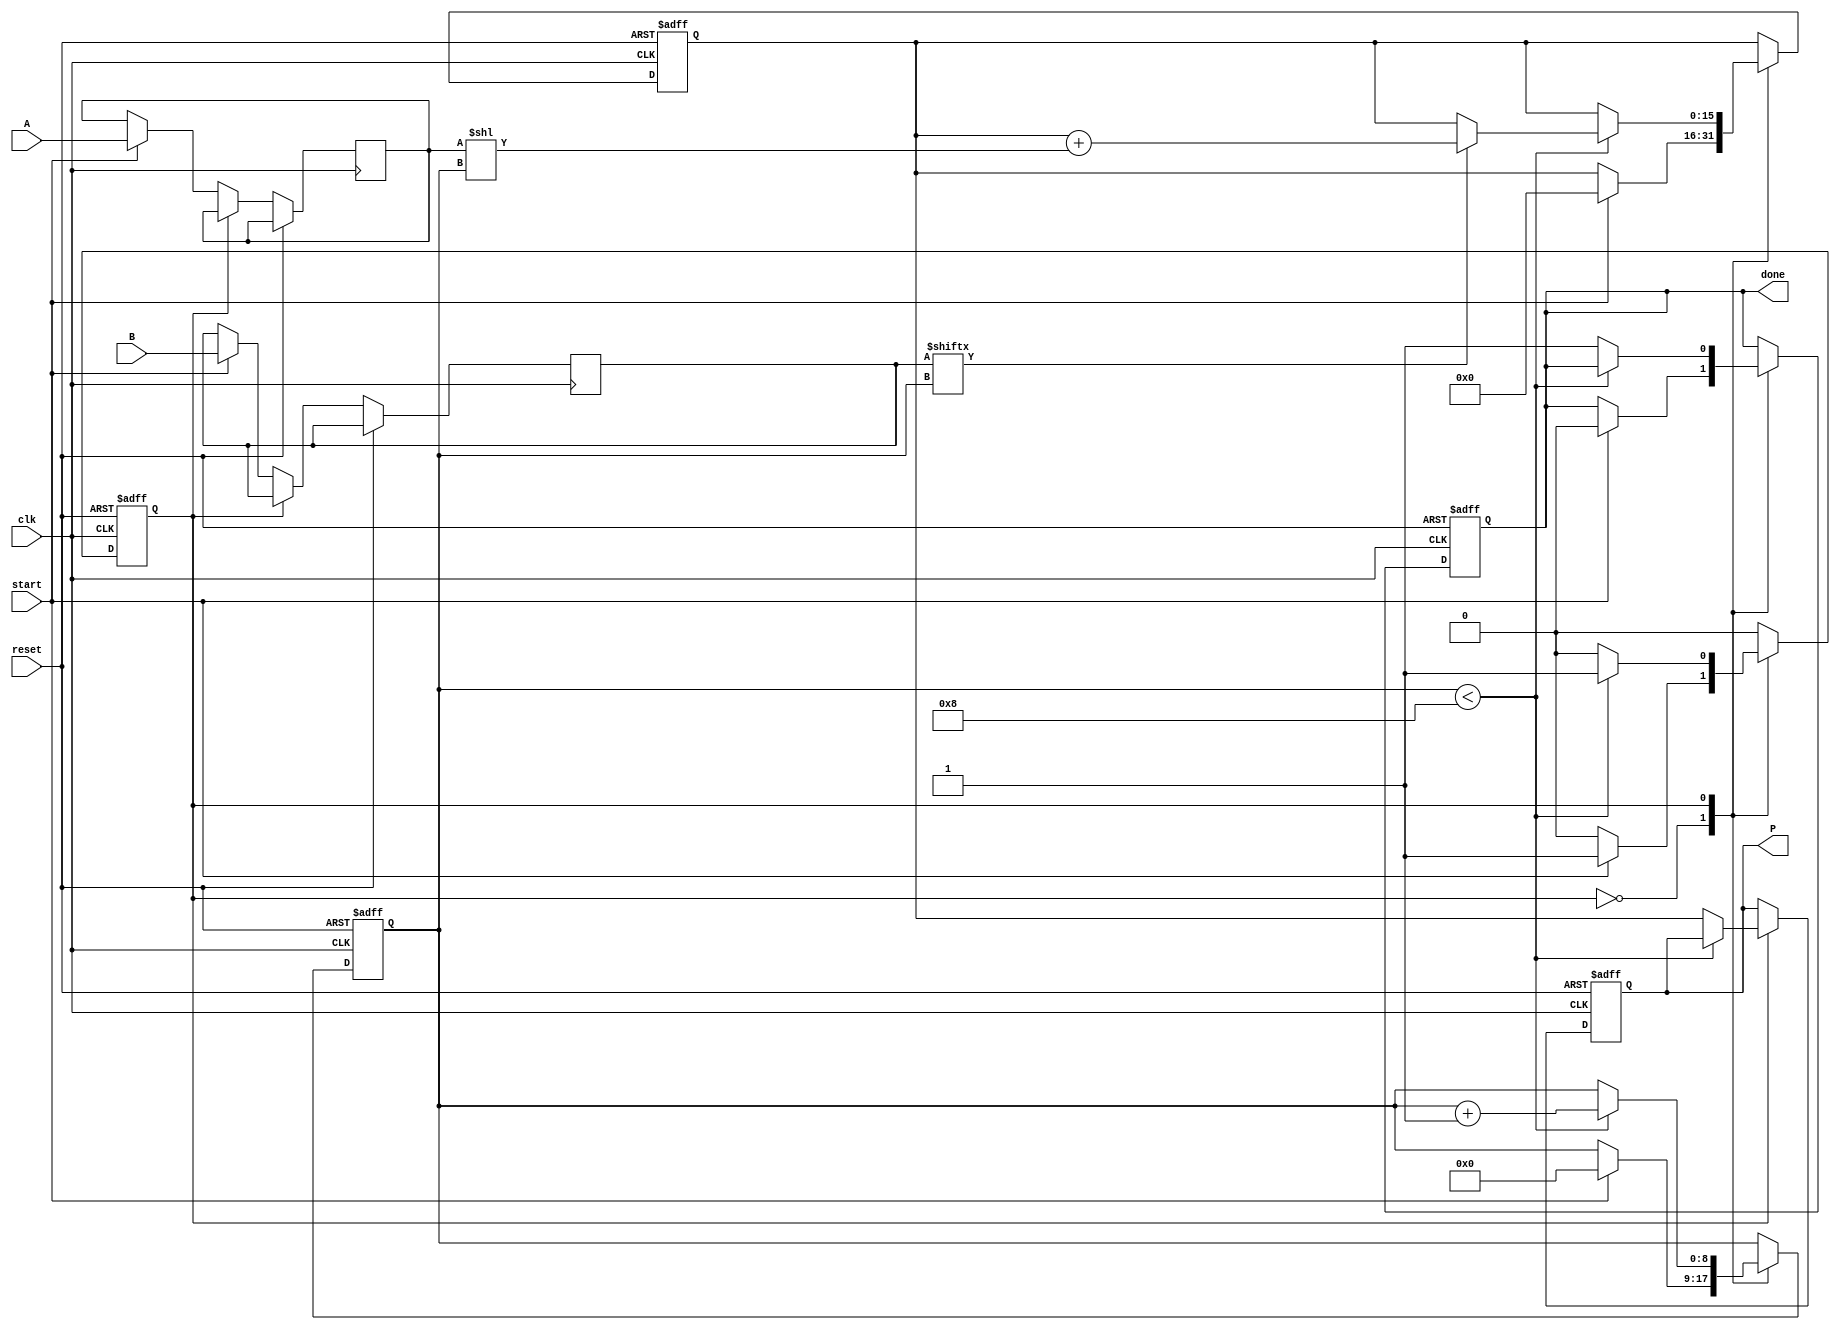
module radix2_multiplier #(
    parameter N = 8 // Number of bits for inputs A and B
) (
    input wire [N-1:0] A,      // Multiplicand
    input wire [N-1:0] B,      // Multiplier
    input wire start,           // Control signal to initiate multiplication
    input wire clk,             // Clock signal
    input wire reset,           // Reset signal
    output reg [2*N-1:0] P,     // Product output
    output reg done             // Signal to indicate multiplication is complete
);

    reg [N-1:0] multiplicand;
    reg [N-1:0] multiplier;
    reg [2*N-1:0] partial_product;
    reg [N:0] count; // To count the bits processed
    reg state; // State variable for FSM

    localparam IDLE = 1'b0;
    localparam PROCESS = 1'b1;

    // Sequential logic for state transitions and operations
    always @(posedge clk or posedge reset) begin
        if (reset) begin
            P <= 0;
            partial_product <= 0;
            count <= 0;
            done <= 0;
            state <= IDLE;
        end else begin
            case (state)
                IDLE: begin
                    if (start) begin
                        multiplicand <= A; // Load A
                        multiplier <= B;   // Load B
                        partial_product <= 0; // Clear partial product
                        count <= 0; // Reset count
                        done <= 0; // Clear done signal
                        state <= PROCESS; // Move to processing state
                    end
                end

                PROCESS: begin
                    if (count < N) begin
                        if (multiplier[count]) begin
                            // If the current bit of multiplier is 1, add the shifted multiplicand
                            partial_product <= partial_product + (multiplicand << count);
                        end
                        count <= count + 1; // Move to the next bit
                    end else begin
                        P <= partial_product; // Store the final product
                        done <= 1; // Set done signal
                        state <= IDLE; // Go back to idle state
                    end
                end

                default: state <= IDLE; // Default case
            endcase
        end
    end
endmodule